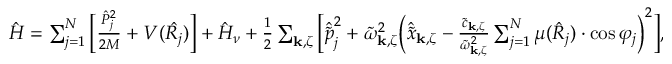
\begin{array} { r } { \hat { H } = \sum _ { j = 1 } ^ { N } \Big [ \frac { \hat { P } _ { j } ^ { 2 } } { 2 M } + V ( \hat { R _ { j } } ) \Big ] + \hat { H } _ { \nu } + \frac { 1 } { 2 } \sum _ { \mathbf { k } , \zeta } \Big [ \hat { \tilde { p } } _ { j } ^ { 2 } + \tilde { \omega } _ { \mathbf { k } , \zeta } ^ { 2 } \Big ( \hat { \tilde { x } } _ { \mathbf { k } , \zeta } - \frac { \tilde { c } _ { \mathbf { k } , \zeta } } { \tilde { \omega } _ { \mathbf { k } , \zeta } ^ { 2 } } \sum _ { j = 1 } ^ { N } \mu ( \hat { R } _ { j } ) \cdot \cos \varphi _ { j } \Big ) ^ { 2 } \Big ] , } \end{array}